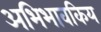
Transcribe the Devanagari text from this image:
अभिभावकिय